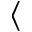
\langle